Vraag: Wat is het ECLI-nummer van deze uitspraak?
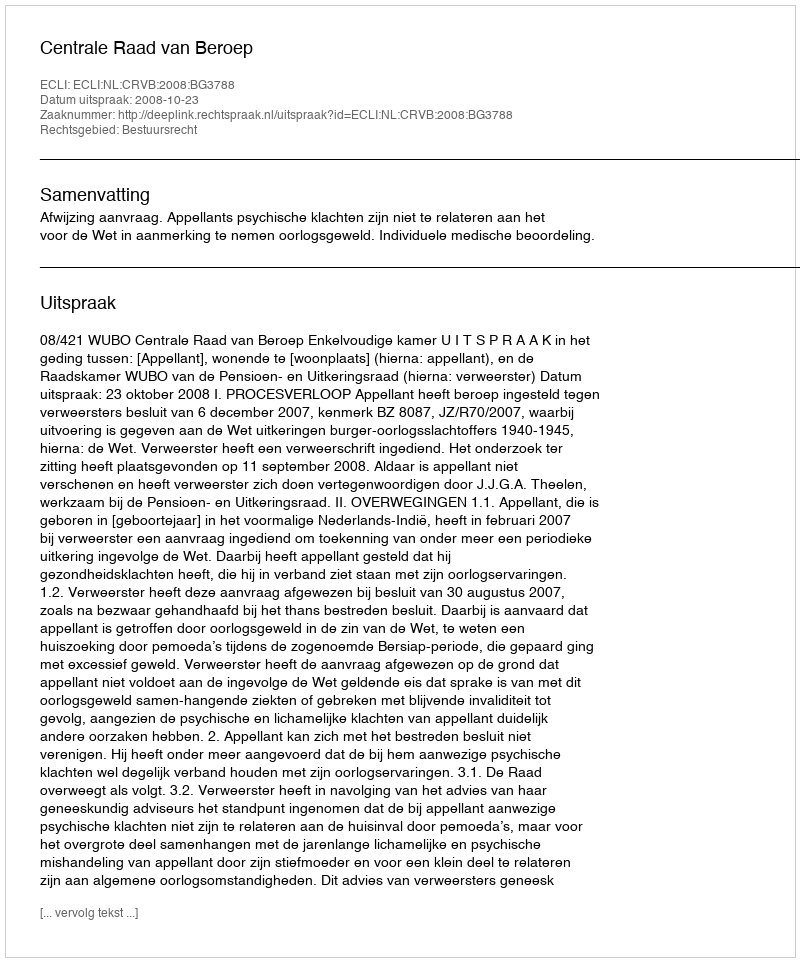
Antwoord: ECLI:NL:CRVB:2008:BG3788